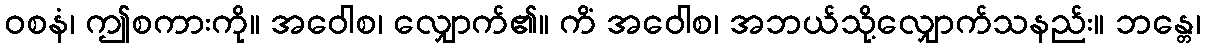
ဝစနံ၊ ဤစကားကို။ အဝေါစ၊ လျှောက်၏။ ကိံ အဝေါစ၊ အဘယ်သို့လျှောက်သနည်း။ ဘန္တေ၊